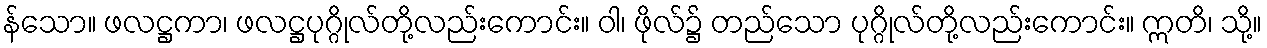
န်သော။ ဖလဋ္ဌကာ၊ ဖလဋ္ဌပုဂ္ဂိုလ်တို့လည်းကောင်း။ ဝါ၊ ဖိုလ်၌ တည်သော ပုဂ္ဂိုလ်တို့လည်းကောင်း။ ဣတိ၊ သို့။